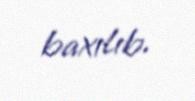
baxılıb.